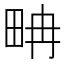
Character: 畘